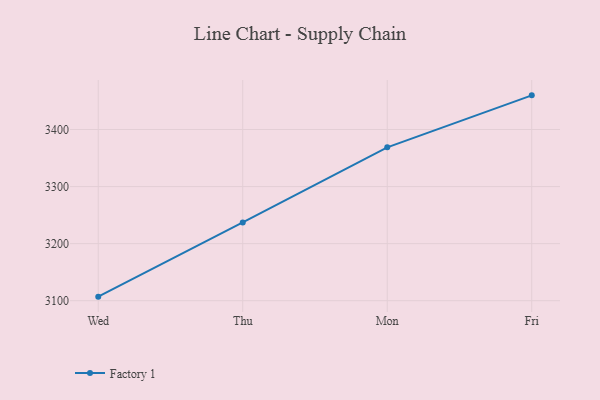
{"axis": {"x": "Day", "y": "Waste Production (Tons)"}, "legend": ["Factory 1"], "data": [{"x": "Wed", "y": 3107.1, "type": "Factory 1"}, {"x": "Thu", "y": 3237.2, "type": "Factory 1"}, {"x": "Mon", "y": 3368.8, "type": "Factory 1"}, {"x": "Fri", "y": 3459.9, "type": "Factory 1"}]}